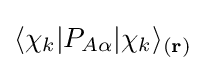
\langle \chi _{k}|P_{A\alpha }|\chi _{k}\rangle _{(\mathbf {r} )}